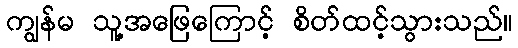
ကျွန်မ သူ့အဖြေကြောင့် စိတ်ထင့်သွားသည်။